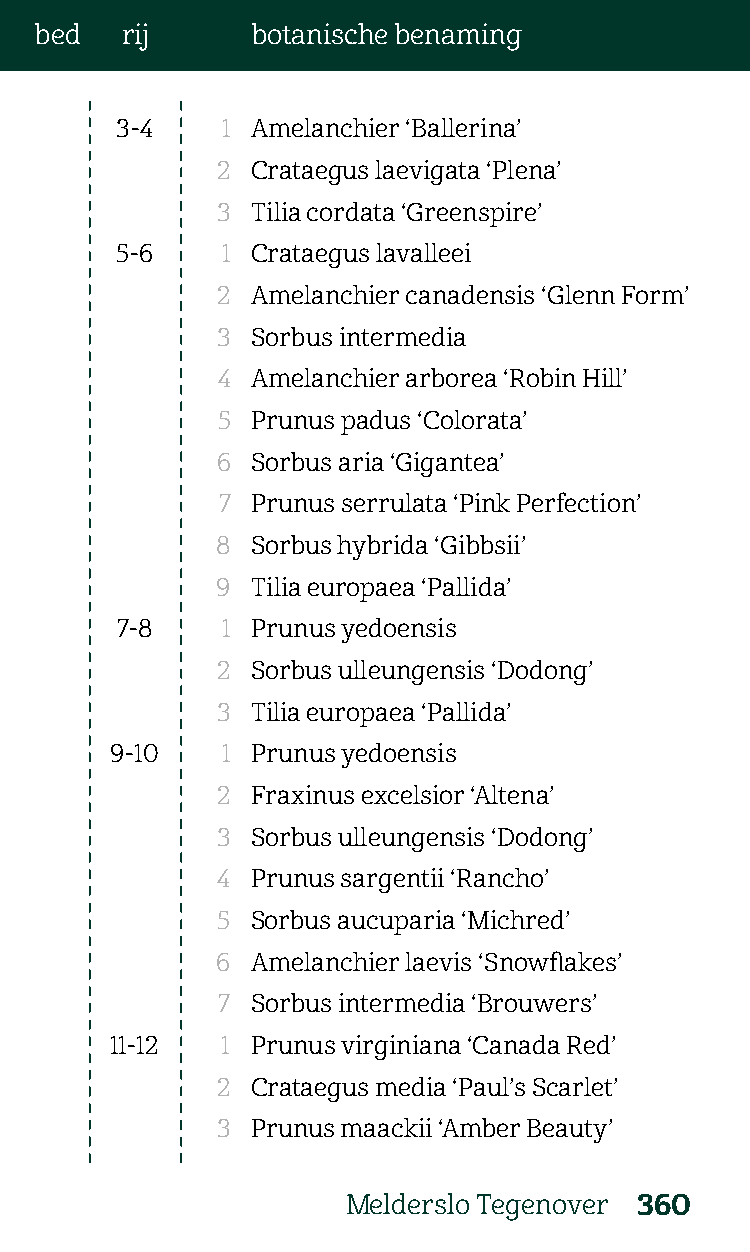
bed   rij      botanische benaming
 3-4    1 Amelanchier ‘Ballerina’
 2  Crataegus laevigata ‘Plena’
 3  Tilia cordata ‘Greenspire’
 5-6    1 Crataegus lavalleei
 2  Amelanchier canadensis ‘Glenn Form’
 3  Sorbus intermedia
 4  Amelanchier arborea ‘Robin Hill’
 5  Prunus padus ‘Colorata’
 6  Sorbus aria ‘Gigantea’
 7  Prunus serrulata ‘Pink Perfection’
 8  Sorbus hybrida ‘Gibbsii’
 9  Tilia europaea ‘Pallida’
 7-8    1 Prunus yedoensis
 2  Sorbus ulleungensis ‘Dodong’
 3  Tilia europaea ‘Pallida’
 9-10    1 Prunus yedoensis
 2  Fraxinus excelsior ‘Altena’
 3  Sorbus ulleungensis ‘Dodong’
 4  Prunus sargentii ‘Rancho’
 5  Sorbus aucuparia ‘Michred’
 6  Amelanchier laevis ‘Snowflakes’
 7  Sorbus intermedia ‘Brouwers’
 11-12   1 Prunus virginiana ‘Canada Red’
 2  Crataegus media ‘Paul’s Scarlet’
 3  Prunus maackii ‘Amber Beauty’
 Melderslo Tegenover 360